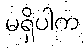
မရှိပါက